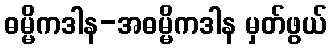
ဓမ္မိကဒါန-အဓမ္မိကဒါန မှတ်ဖွယ်